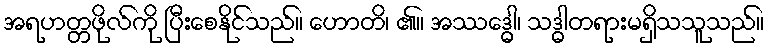
အရဟတ္တဖိုလ်ကို ပြီးစေနိုင်သည်။ ဟောတိ၊ ၏။ အဿဒ္ဓေါ၊ သဒ္ဓါတရားမရှိသသူသည်။